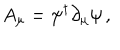
LaTeX: A _ { \mu } = \psi ^ { \dagger } \partial _ { \mu } \psi \, ,